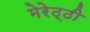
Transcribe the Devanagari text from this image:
मेरेठ्ठी